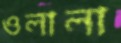
ওলালা